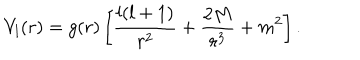
LaTeX: V _ { l } ( r ) = g ( r ) \left[ { \frac { l ( l + 1 ) } { r ^ { 2 } } } + { \frac { 2 M } { r ^ { 3 } } } + m ^ { 2 } \right] .